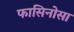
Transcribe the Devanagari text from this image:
फासिनोसा